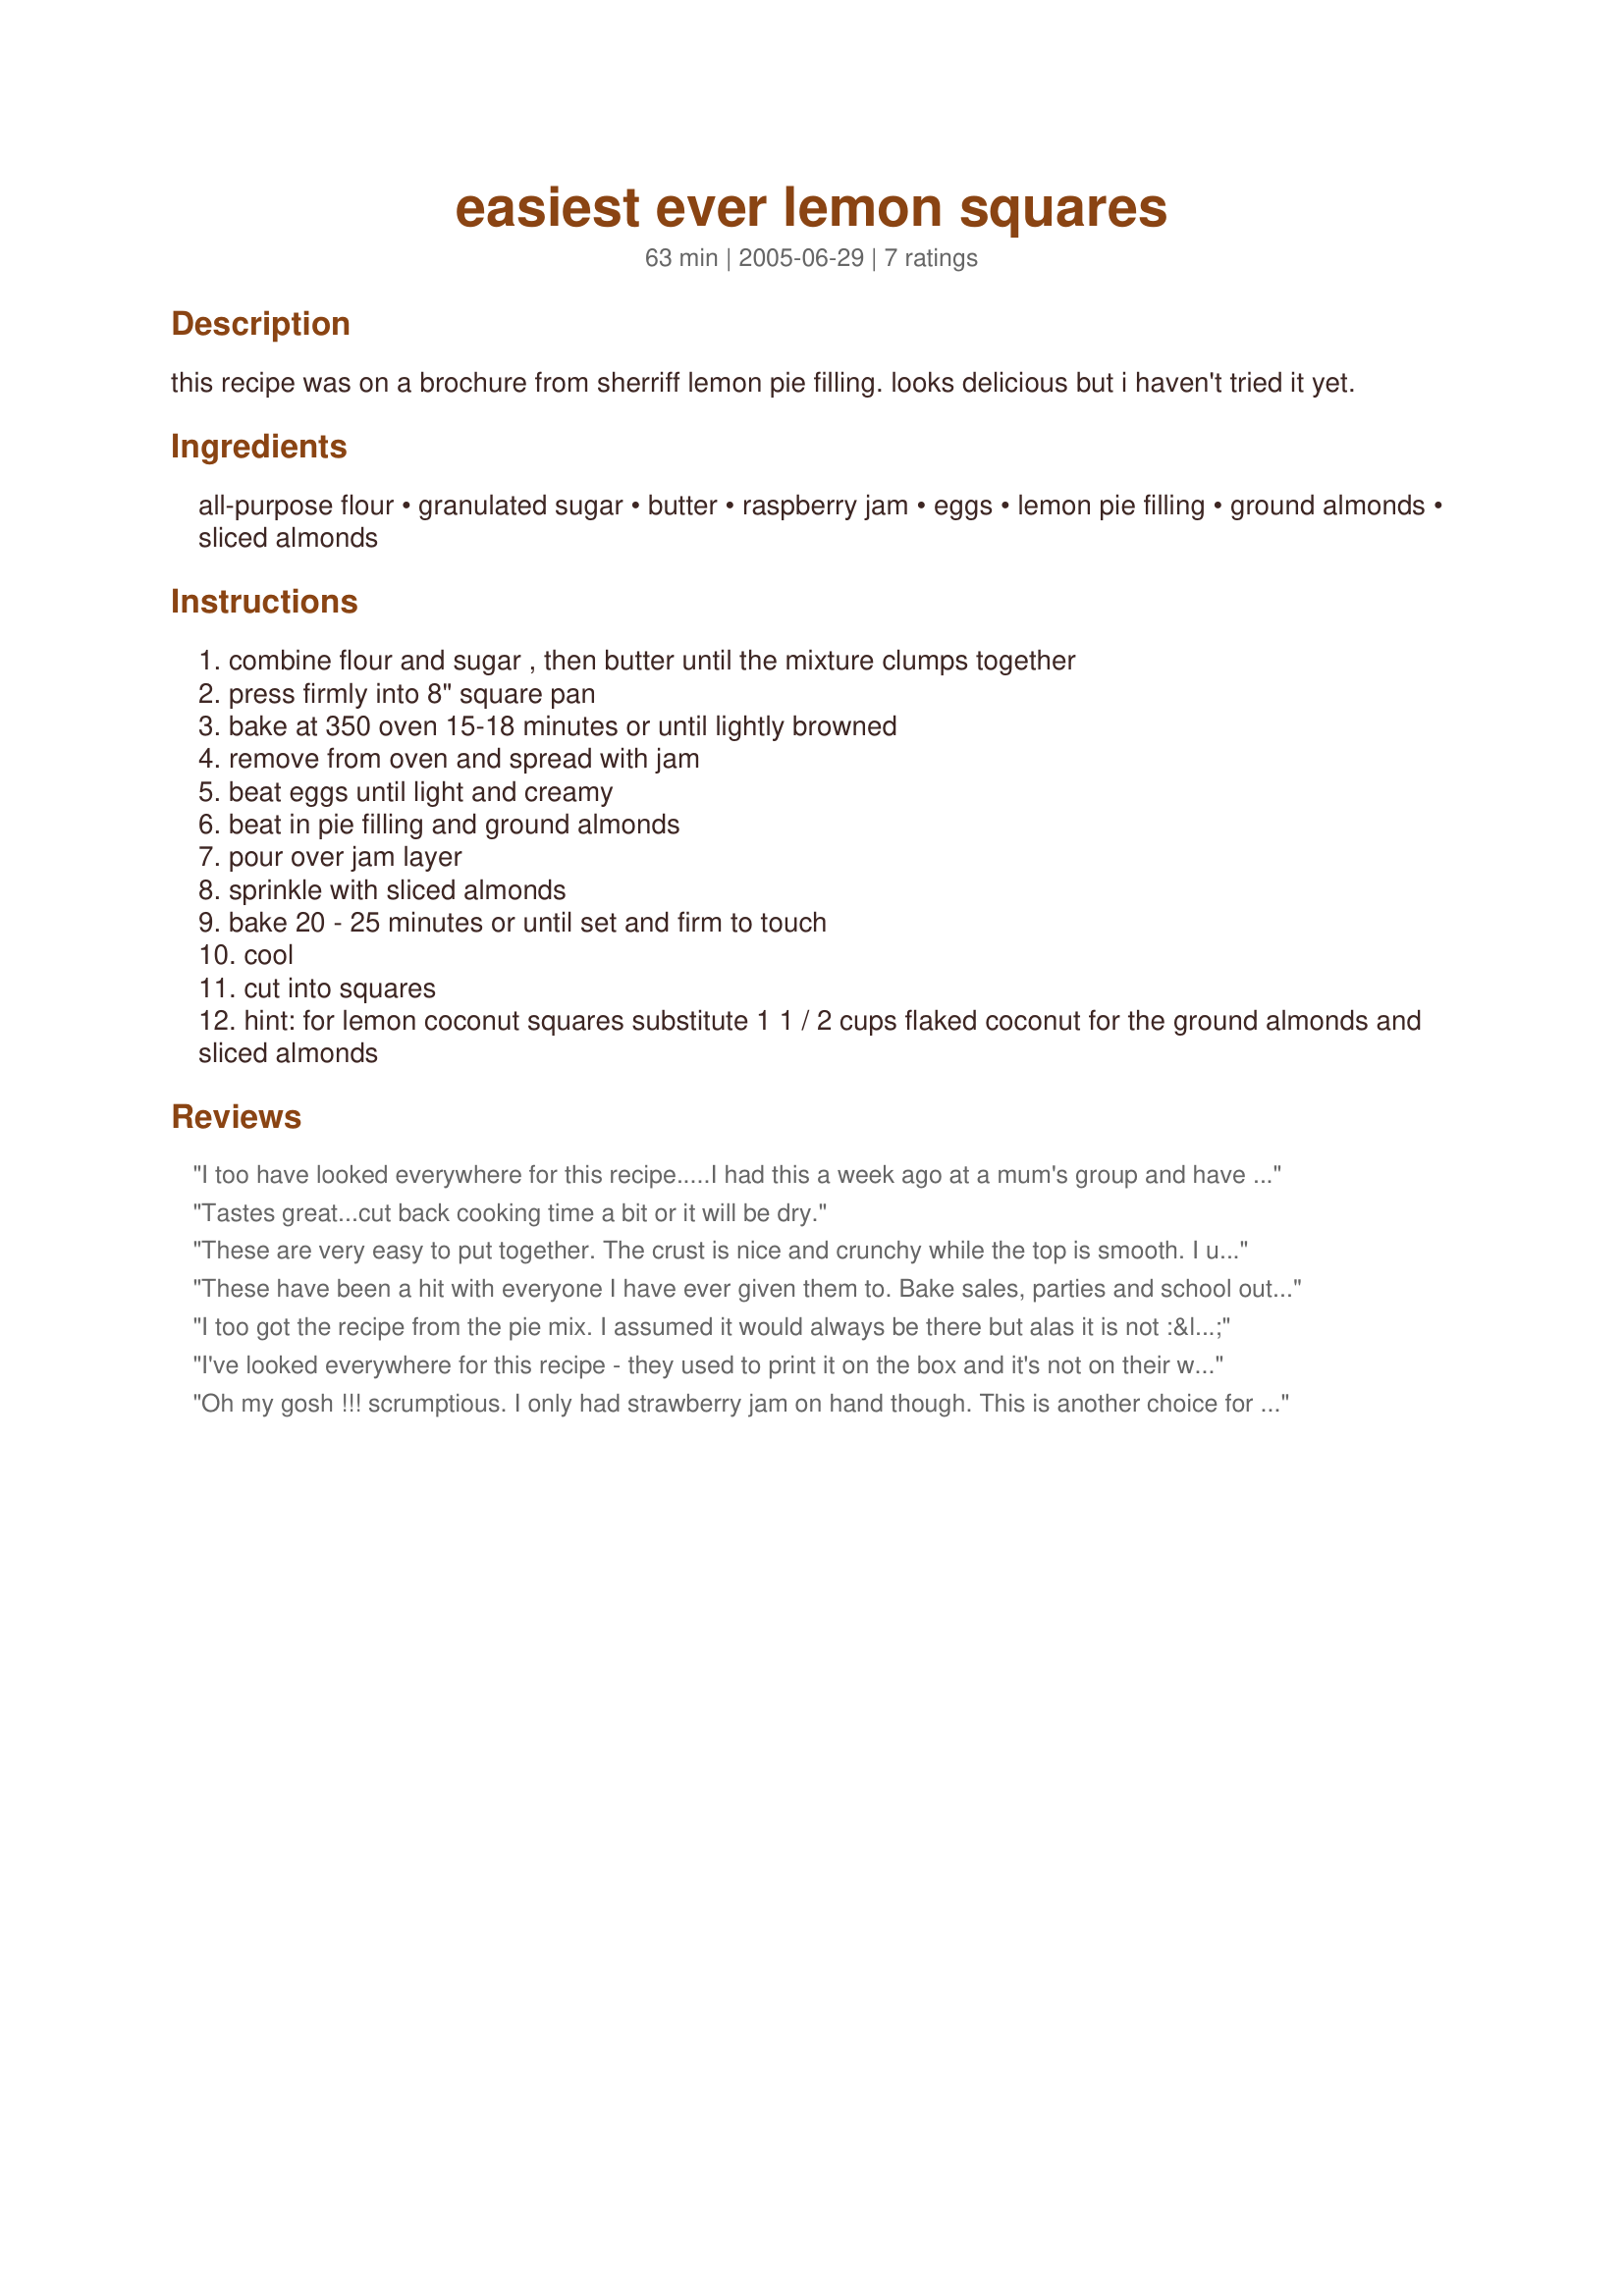
easiest ever lemon squares
Preparation time: 63 minutes

this recipe was on a brochure from sherriff lemon pie filling. looks delicious but i haven't tried it yet.

Ingredients:
all-purpose flour, granulated sugar, butter, raspberry jam, eggs, lemon pie filling, ground almonds, sliced almonds

Steps:
combine flour and sugar , then butter until the mixture clumps together
press firmly into 8" square pan
bake at 350 oven 15-18 minutes or until lightly browned
remove from oven and spread with jam
beat eggs until light and creamy
beat in pie filling and ground almonds
pour over jam layer
sprinkle with sliced almonds
bake 20 - 25 minutes or until set and firm to touch
cool
cut into squares
hint: for lemon coconut squares substitute 1 1 / 2 cups flaked coconut for the ground almonds and sliced almonds

Reviews:
I too have looked everywhere for this recipe.....I had this a week ago at a mum's group and have been craving it ever since. Thanks Sharon! Can't wait to make it...neither can the kids!!
Tastes great...cut back cooking time a bit or it will be dry.
These are very easy to put together. The crust is nice and crunchy while the top is smooth. I used strawberry jam and substituted coconut for the almonds and they were very good!
These have been a hit with everyone I have ever given them to. Bake sales, parties and school outings, if they are cut bite size.
I too got the recipe from the pie mix. I assumed it would always be there but alas it is not :< I have tried it with both the almonds and the coconut & they are both to die for. Any jam or jelly will do too.
I've looked everywhere for this recipe - they used to print it on the box and it's not on their website - thanks for posting it - it's AWESOME!
Oh my gosh !!! scrumptious. I only had strawberry jam on hand though. This is another choice for PAC 06. DH loves anything lemon.
